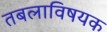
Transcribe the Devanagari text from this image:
तबलाविषयक